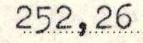
252,26